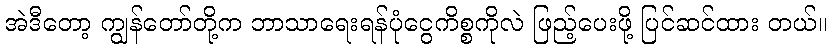
အဲဒီတော့ ကျွန်တော်တို့က ဘာသာရေးရန်ပုံငွေကိစ္စကိုလဲ ဖြည့်ပေးဖို့ ပြင်ဆင်ထား တယ်။